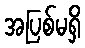
အပြစ်မရှိ